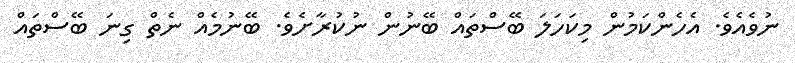
ނުވެއެވެ. އެހެންކަމުން މިކަހަލަ ބޭސްތައް ބޭނުން ނުކުރާށެވެ. ބޭނުމެއް ނެތް ގިނަ ބޭސްތައް